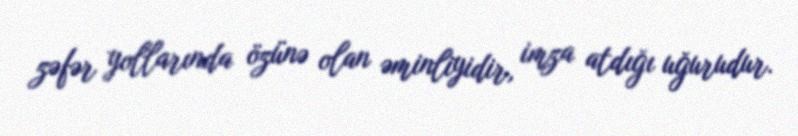
zəfər yollarında özünə olan əminliyidir, imza atdığı uğurudur.